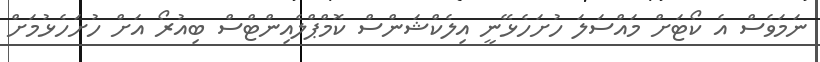
ނަމަވެސް އެ ކޯޓަށް މައްސަލަ ހުށަހެޅޭނީ އިލެކްޝަންސް ކޮމްޕްލެއިންޓްސް ބިއުރޯ އަށް ހުށަހެޅުމަށް